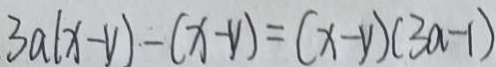
3 a ( x - y ) - ( x - y ) = ( x - y ) ( 3 a - 1 )